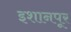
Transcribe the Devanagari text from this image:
इशानपूर